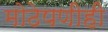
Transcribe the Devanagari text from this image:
मोठेपणीही